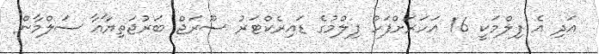
އަދި އެ ފިލްމަކީ 16 އަހަރަށްފަހު ފިލްމުގެ ޑައިރެކްޓަރު ސޫރަޖް ބަރުޖަތިޔާއާ ސަލްމާން